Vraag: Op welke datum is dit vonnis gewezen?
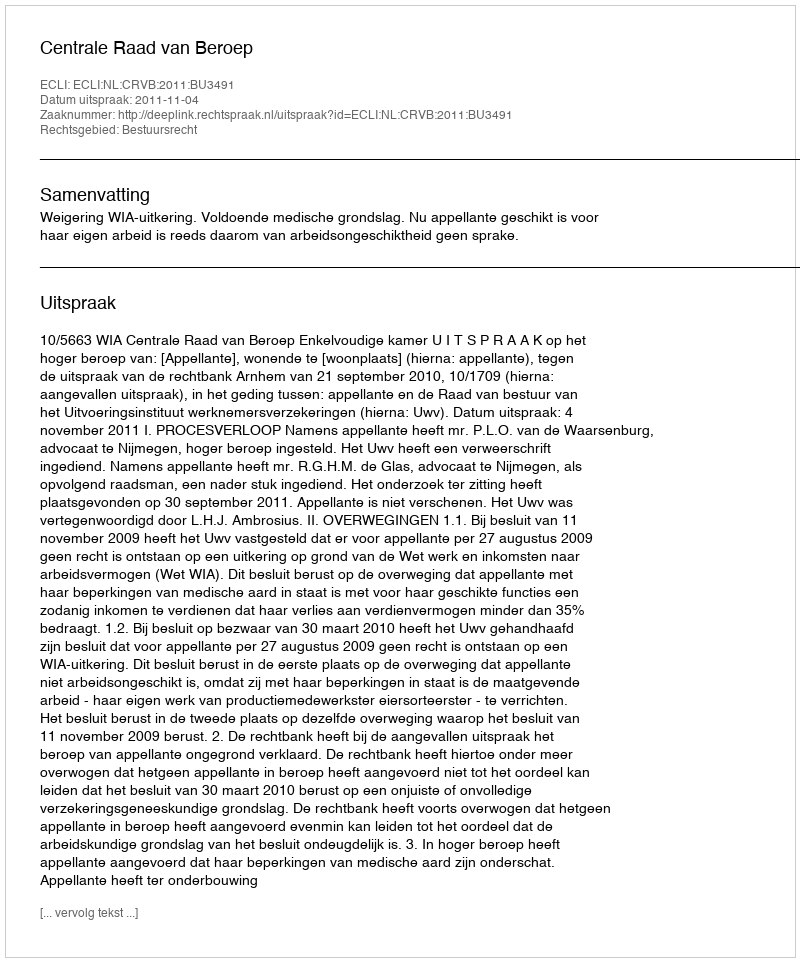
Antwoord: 2011-11-04